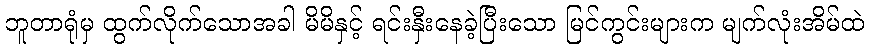
ဘူတာရုံမှ ထွက်လိုက်သောအခါ မိမိနှင့် ရင်းနှီးနေခဲ့ပြီးသော မြင်ကွင်းများက မျက်လုံးအိမ်ထဲ